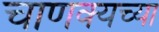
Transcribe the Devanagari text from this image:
चाणक्यच्या